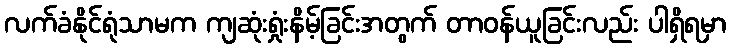
လက်ခံနိုင်ရုံသာမက ကျဆုံးရှုံးနိမ့်ခြင်းအတွက် တာဝန်ယူခြင်းလည်း ပါရှိရမှာ